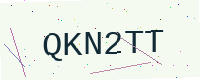
Text: QKN2TT